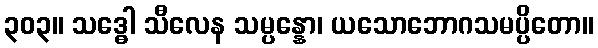
၃၀၃။ သဒ္ဓေါ သီလေန သမ္ပန္နော၊ ယသောဘောဂသမပ္ပိတော။